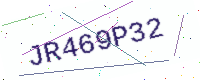
Text: JR469P32